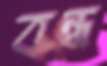
বন্ধ